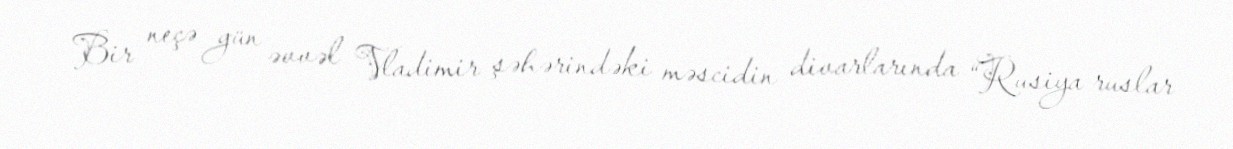
Bir neçə gün əvvəl Vladimir şəhərindəki məscidin divarlarında “Rusiya ruslar